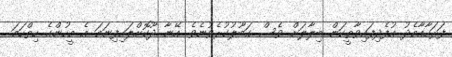
ފަރަހާއާމެދު އުފެދިފައިވާތީކަން ބިލާލަށް ވެސް ގަބޫލުކުރެވުނެވެ. އޭނާ ދޫކޮށްލައިފިނަމަ އެ މީހުންގެ ހިތްހަމަ